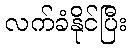
လက်ခံနိုင်ပြီး